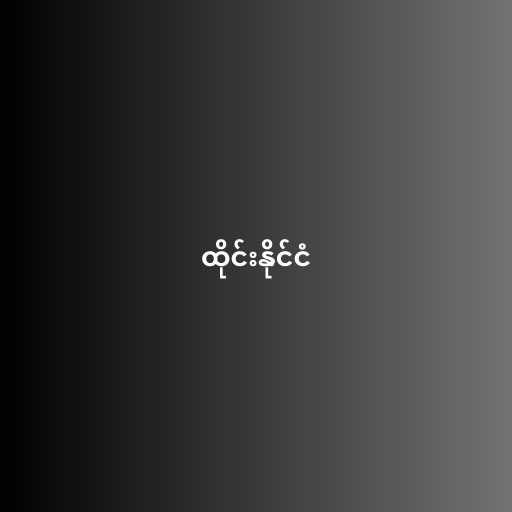
ထိုင်းနိုင်ငံ